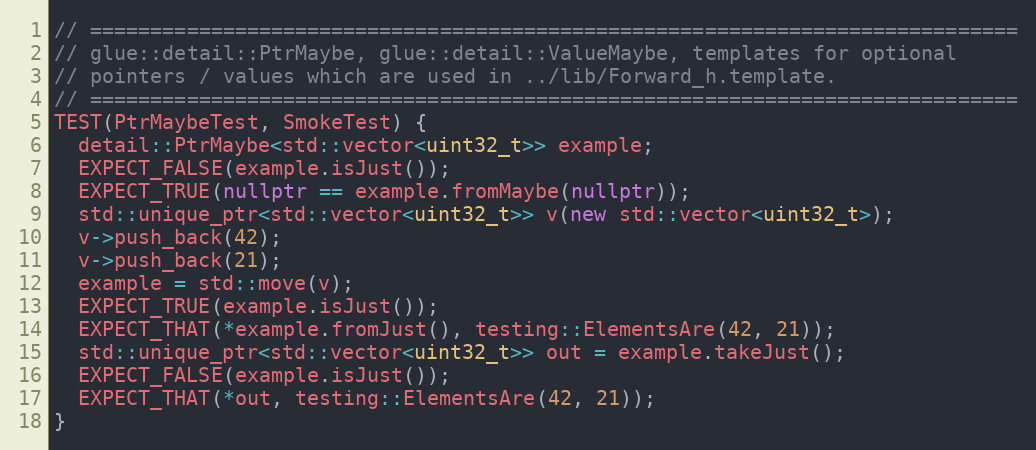
Language: C++
// =============================================================================
// glue::detail::PtrMaybe, glue::detail::ValueMaybe, templates for optional
// pointers / values which are used in ../lib/Forward_h.template.
// =============================================================================
TEST(PtrMaybeTest, SmokeTest) {
  detail::PtrMaybe<std::vector<uint32_t>> example;
  EXPECT_FALSE(example.isJust());
  EXPECT_TRUE(nullptr == example.fromMaybe(nullptr));
  std::unique_ptr<std::vector<uint32_t>> v(new std::vector<uint32_t>);
  v->push_back(42);
  v->push_back(21);
  example = std::move(v);
  EXPECT_TRUE(example.isJust());
  EXPECT_THAT(*example.fromJust(), testing::ElementsAre(42, 21));
  std::unique_ptr<std::vector<uint32_t>> out = example.takeJust();
  EXPECT_FALSE(example.isJust());
  EXPECT_THAT(*out, testing::ElementsAre(42, 21));
}